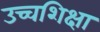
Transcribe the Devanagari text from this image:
उच्चशिक्षा